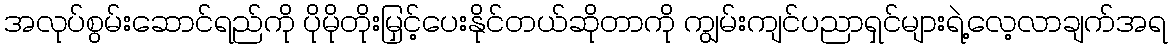
အလုပ်စွမ်းဆောင်ရည်ကို ပိုမိုတိုးမြှင့်ပေးနိုင်တယ်ဆိုတာကို ကျွမ်းကျင်ပညာရှင်များရဲ့လေ့လာချက်အရ